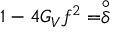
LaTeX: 1 - 4 G _ { V } f ^ { 2 } = \stackrel { \circ } { \delta }